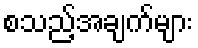
စသည့်အချက်များ